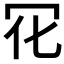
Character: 𠕿